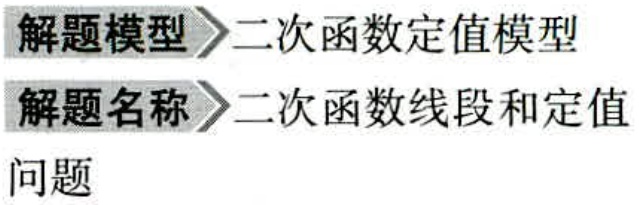
解题模型 \(\to\) 二次函数定值模型
解题名称 \(\to\) 二次函数线段和定值
问题